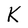
Character: K